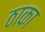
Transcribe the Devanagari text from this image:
ठाका